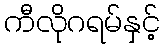
ကီလိုဂရမ်နှင့်